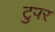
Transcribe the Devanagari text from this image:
टुपर